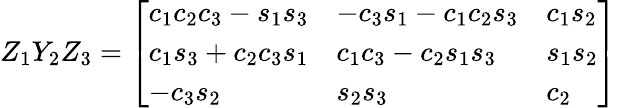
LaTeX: Z_{1}Y_{2}Z_{3}={\left[\begin{array}{lll}{c_{1}c_{2}c_{3}-s_{1}s_{3}}&{-c_{3}s_{1}-c_{1}c_{2}s_{3}}&{c_{1}s_{2}}\\ {c_{1}s_{3}+c_{2}c_{3}s_{1}}&{c_{1}c_{3}-c_{2}s_{1}s_{3}}&{s_{1}s_{2}}\\ {-c_{3}s_{2}}&{s_{2}s_{3}}&{c_{2}}\end{array}\right]}